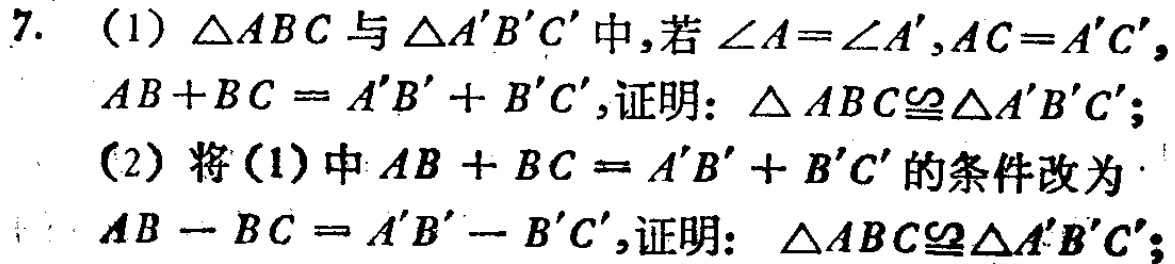
7. (1) $\triangle ABC$与$\triangle A'B'C'$中,若$\angle A = \angle A',AC = A'C'$,

$AB + BC = A'B' + B'C'$,证明: $\triangle ABC\cong\triangle A'B'C'$;

(2) 将(1)中$AB + BC = A'B' + B'C'$的条件改为

$AB - BC = A'B' - B'C'$,证明: $\triangle ABC\cong\triangle A'B'C'$;